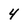
Character: 4